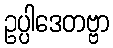
ဥပ္ပါဒေတဗ္ဗာ